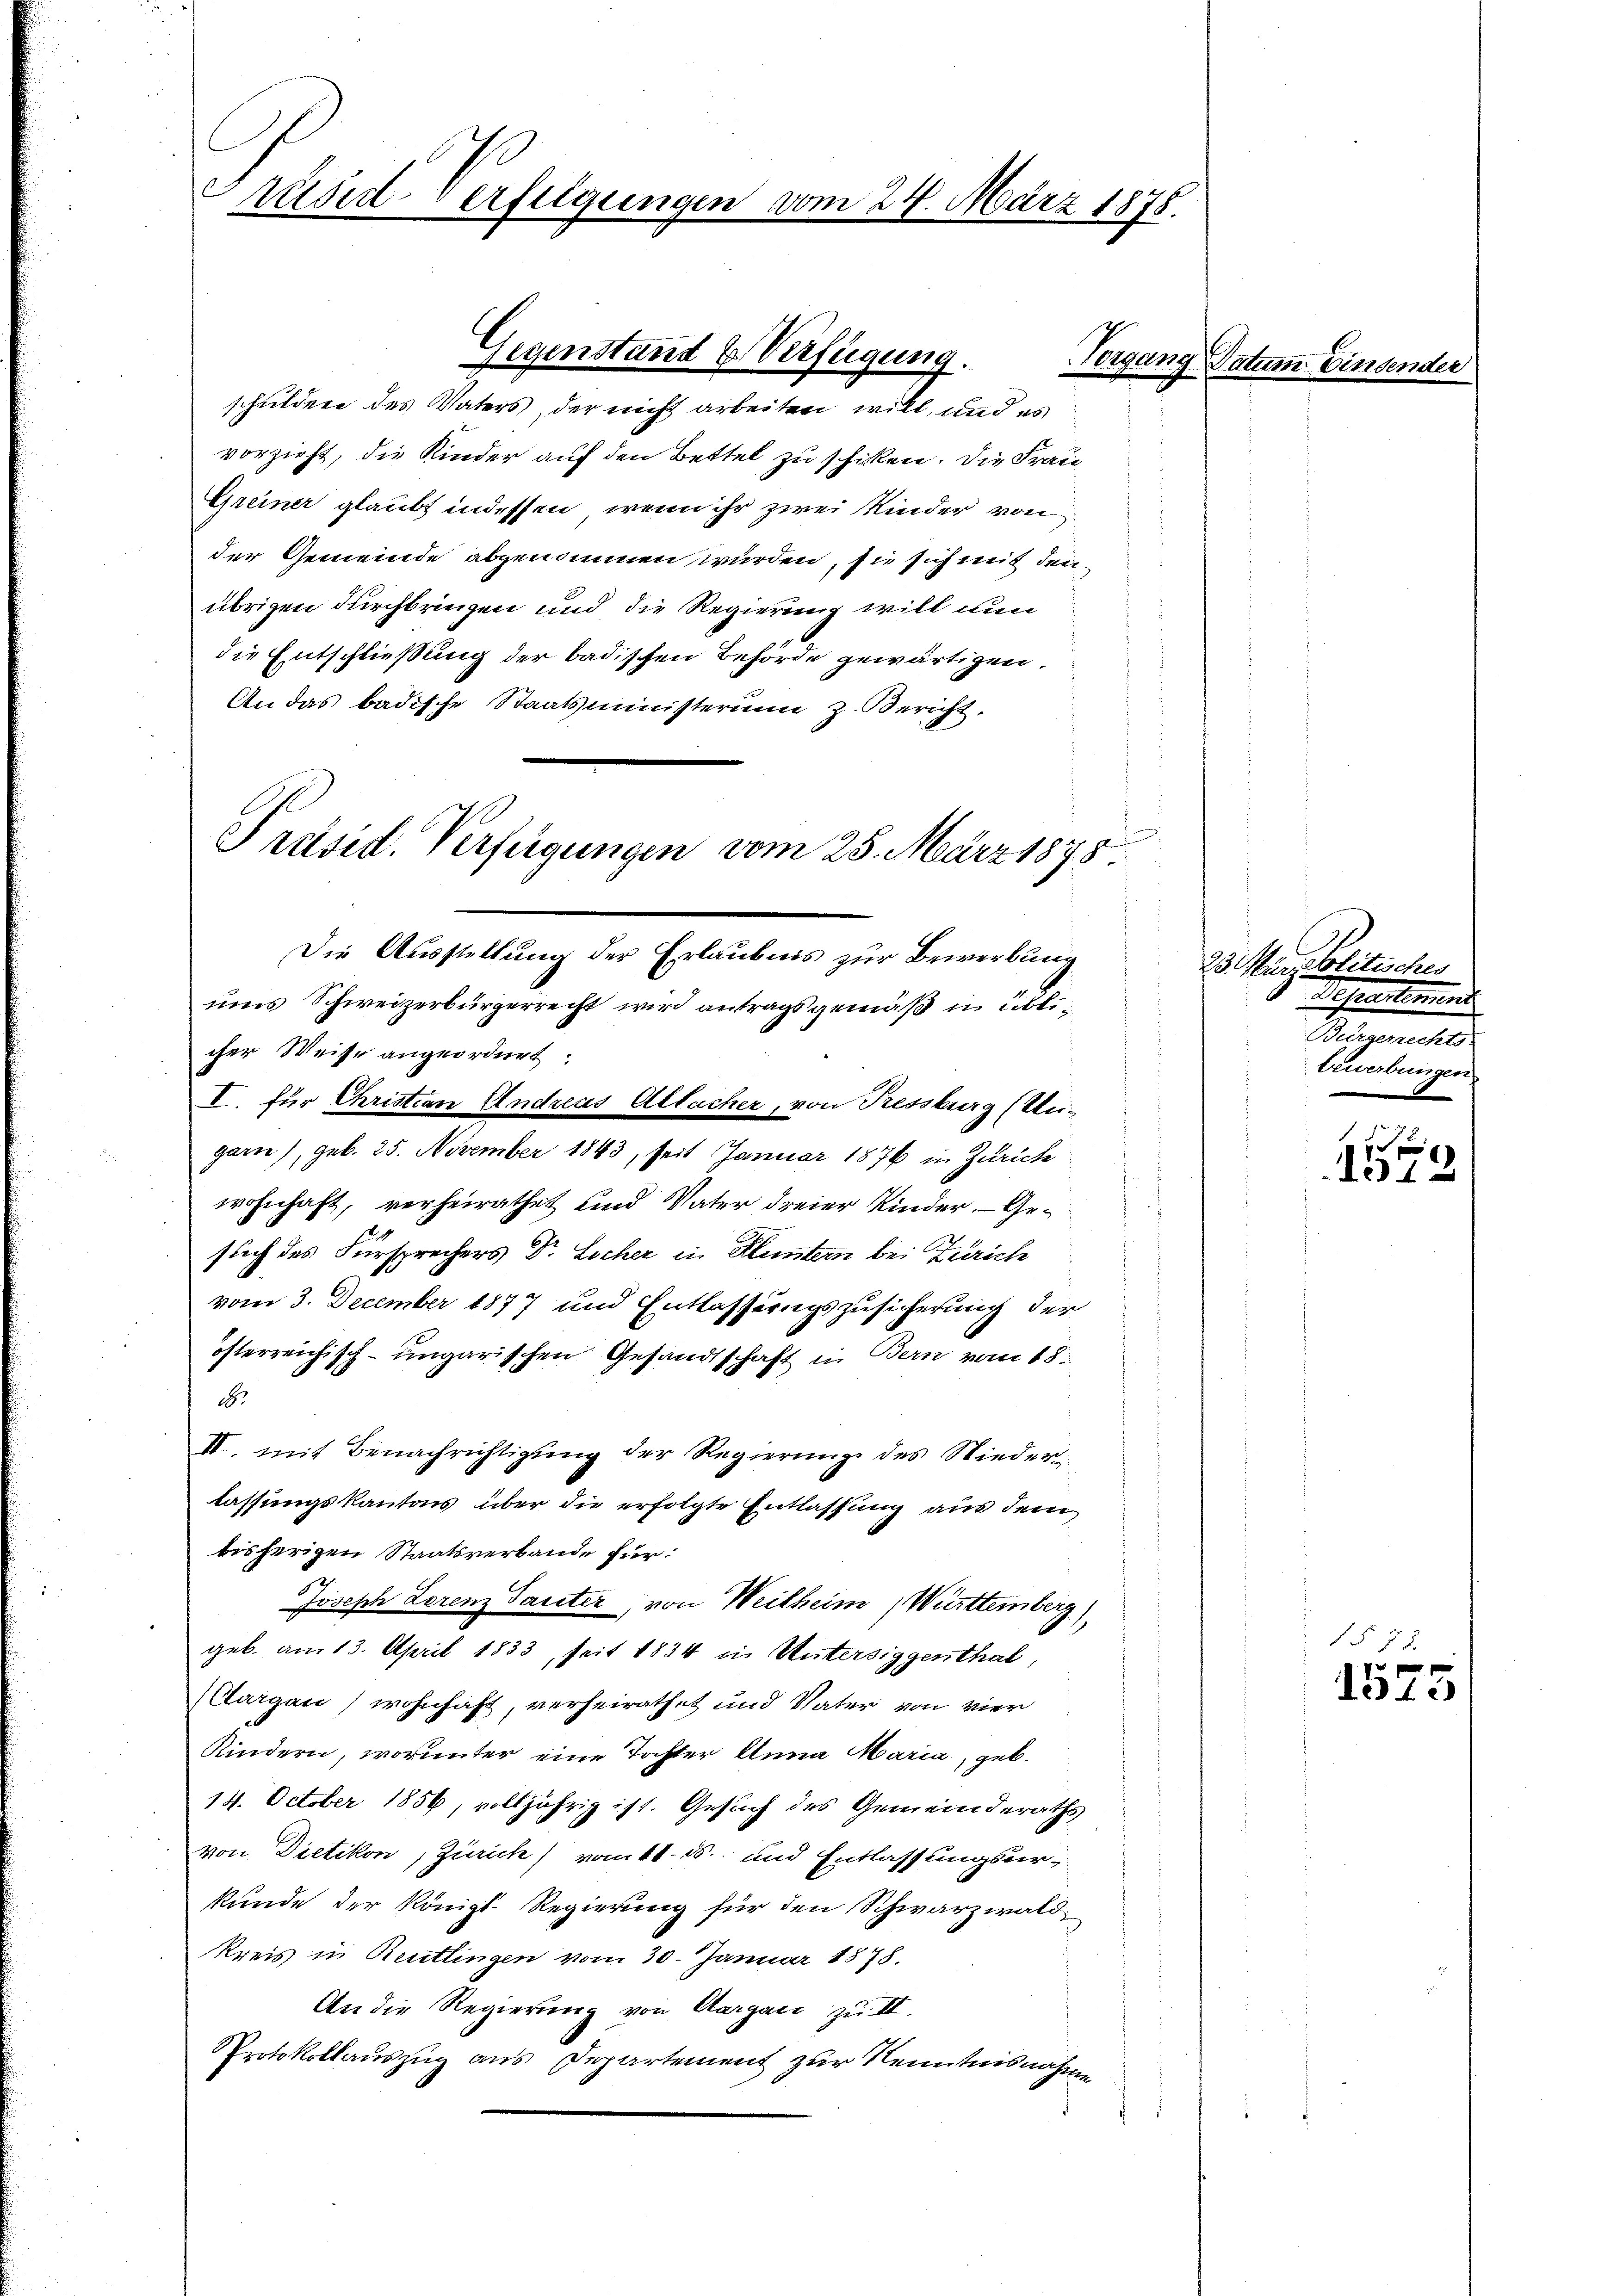
sid-Verfügungen vom 24. März 1878.

vorzieht, die Kinder auf den Bettel zu schicken. Die Frau¬
Greiner glaubt indessen, wenn ihr zwei Kinder von
der Gemeinde abgenommen wurden, sie sich mit den
übrigen durchbringen und die Regierung will nun
die Entschließung der badischen Behörde gewärtigen.
An das badische Staatsministerium z. Bericht,

Gegenstand & Verfügung.
Pora
schulden des Vaters, der nicht arbeiten will, und es

Präsid. Verfügungen vom 25. März 1875.
Die Ausstellung der Erlaubnis zur Bewerbung
ums Schweizerbürgerrecht wird antragsgemäß in üblicher Weise angeordnet:

garn), geb. 25. November 1843, seit Januar 1876 in Zürich
wohnhaft, verheirathet und Vater dreier Kinder. - Gesuch des Fürsprechers Dr Locher in Kluntern bei Zürich
vom 3. December 1877 und Entlassungszusicherung der
österreichisch-ungarischen Gesandtschaft in Bern vom 18.
2.
II. mit Benachrichtigung der Regierung des Nieder
lassungskantons über die erfolgte Entlassung aus dem
bisherigen Staatsverbande für:
Joseph Lorenz Taciter, von Weitheim Württemberg)
geb. am 13. April 1833, seit 1834 in Untersiggenthal,
Clargau, wohnhaft, verheirathet und Vater von vier
Kindern, worunter eine Tochter Anna Maria, geb.
14. October 1856, volljährig ist. Gesuch des Gemeinderaths
von Dietikon, Ziaick) vom 11. 15. und Entlassungsurkunde der Königl. Regierung für den Schwarzwald
Kreis in Reutlingen vom 30. Januar 1878.
An die Regierung von Aargau zu III.
Protokollauszug aus Departement zur Kenntnisnahme

I. für Christian Andreas Allacher, von Fressburg (Wei¬

2 rtl.

I

25. Maur blitisches
Veherstemend
Bürgerrechts-
bewerbungen
8

1
1312

12 f 0 x
131.